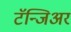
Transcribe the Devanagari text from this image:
टॅन्जिअर